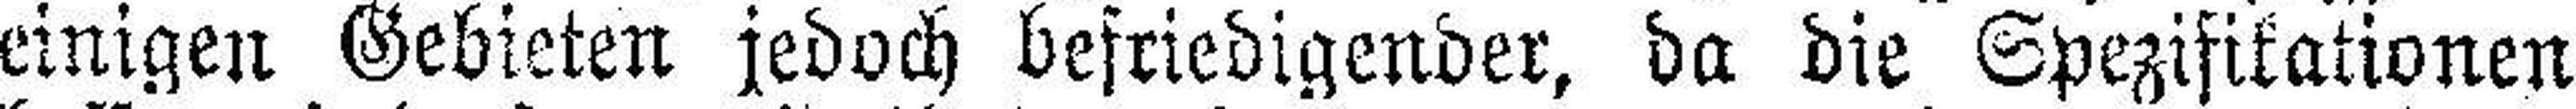
einigen Gebieten jedoch befriedigender, da die Spezifikationen